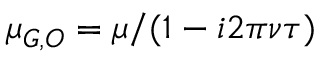
\mu _ { G , O } = \mu / ( 1 - i 2 \pi \nu \tau )